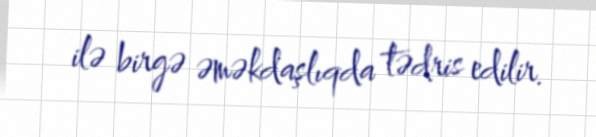
ilə birgə əməkdaşlıqda tədris edilir.